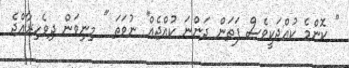
'' ކޮންމެ ކުއްޖަކީވެސް ފަތަން ދަންނަ ކުއްޖެއް'' ނުވަތަ '' މިނިވަން ދިވެހިރާއްޖެ